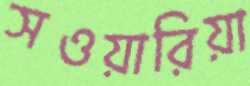
সওয়ারিয়া